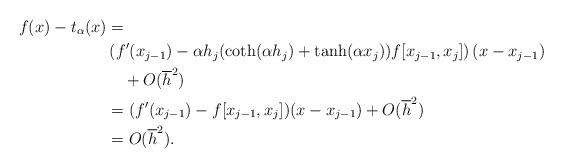
LaTeX: \begin{align*}f(x)-t_\alpha(x)&=\\ & \left(f'(x_{j-1}) - \alpha h_j(\coth(\alpha h_j)+\tanh(\alpha x_j))f[x_{j-1},x_j] \right)(x-x_{j-1})\\&\quad+O(\overline{h}^2)\\&= (f'(x_{j-1})-f[x_{j-1},x_j])(x-x_{j-1})+O(\overline{h}^2)\\&=O(\overline{h}^2).\end{align*}